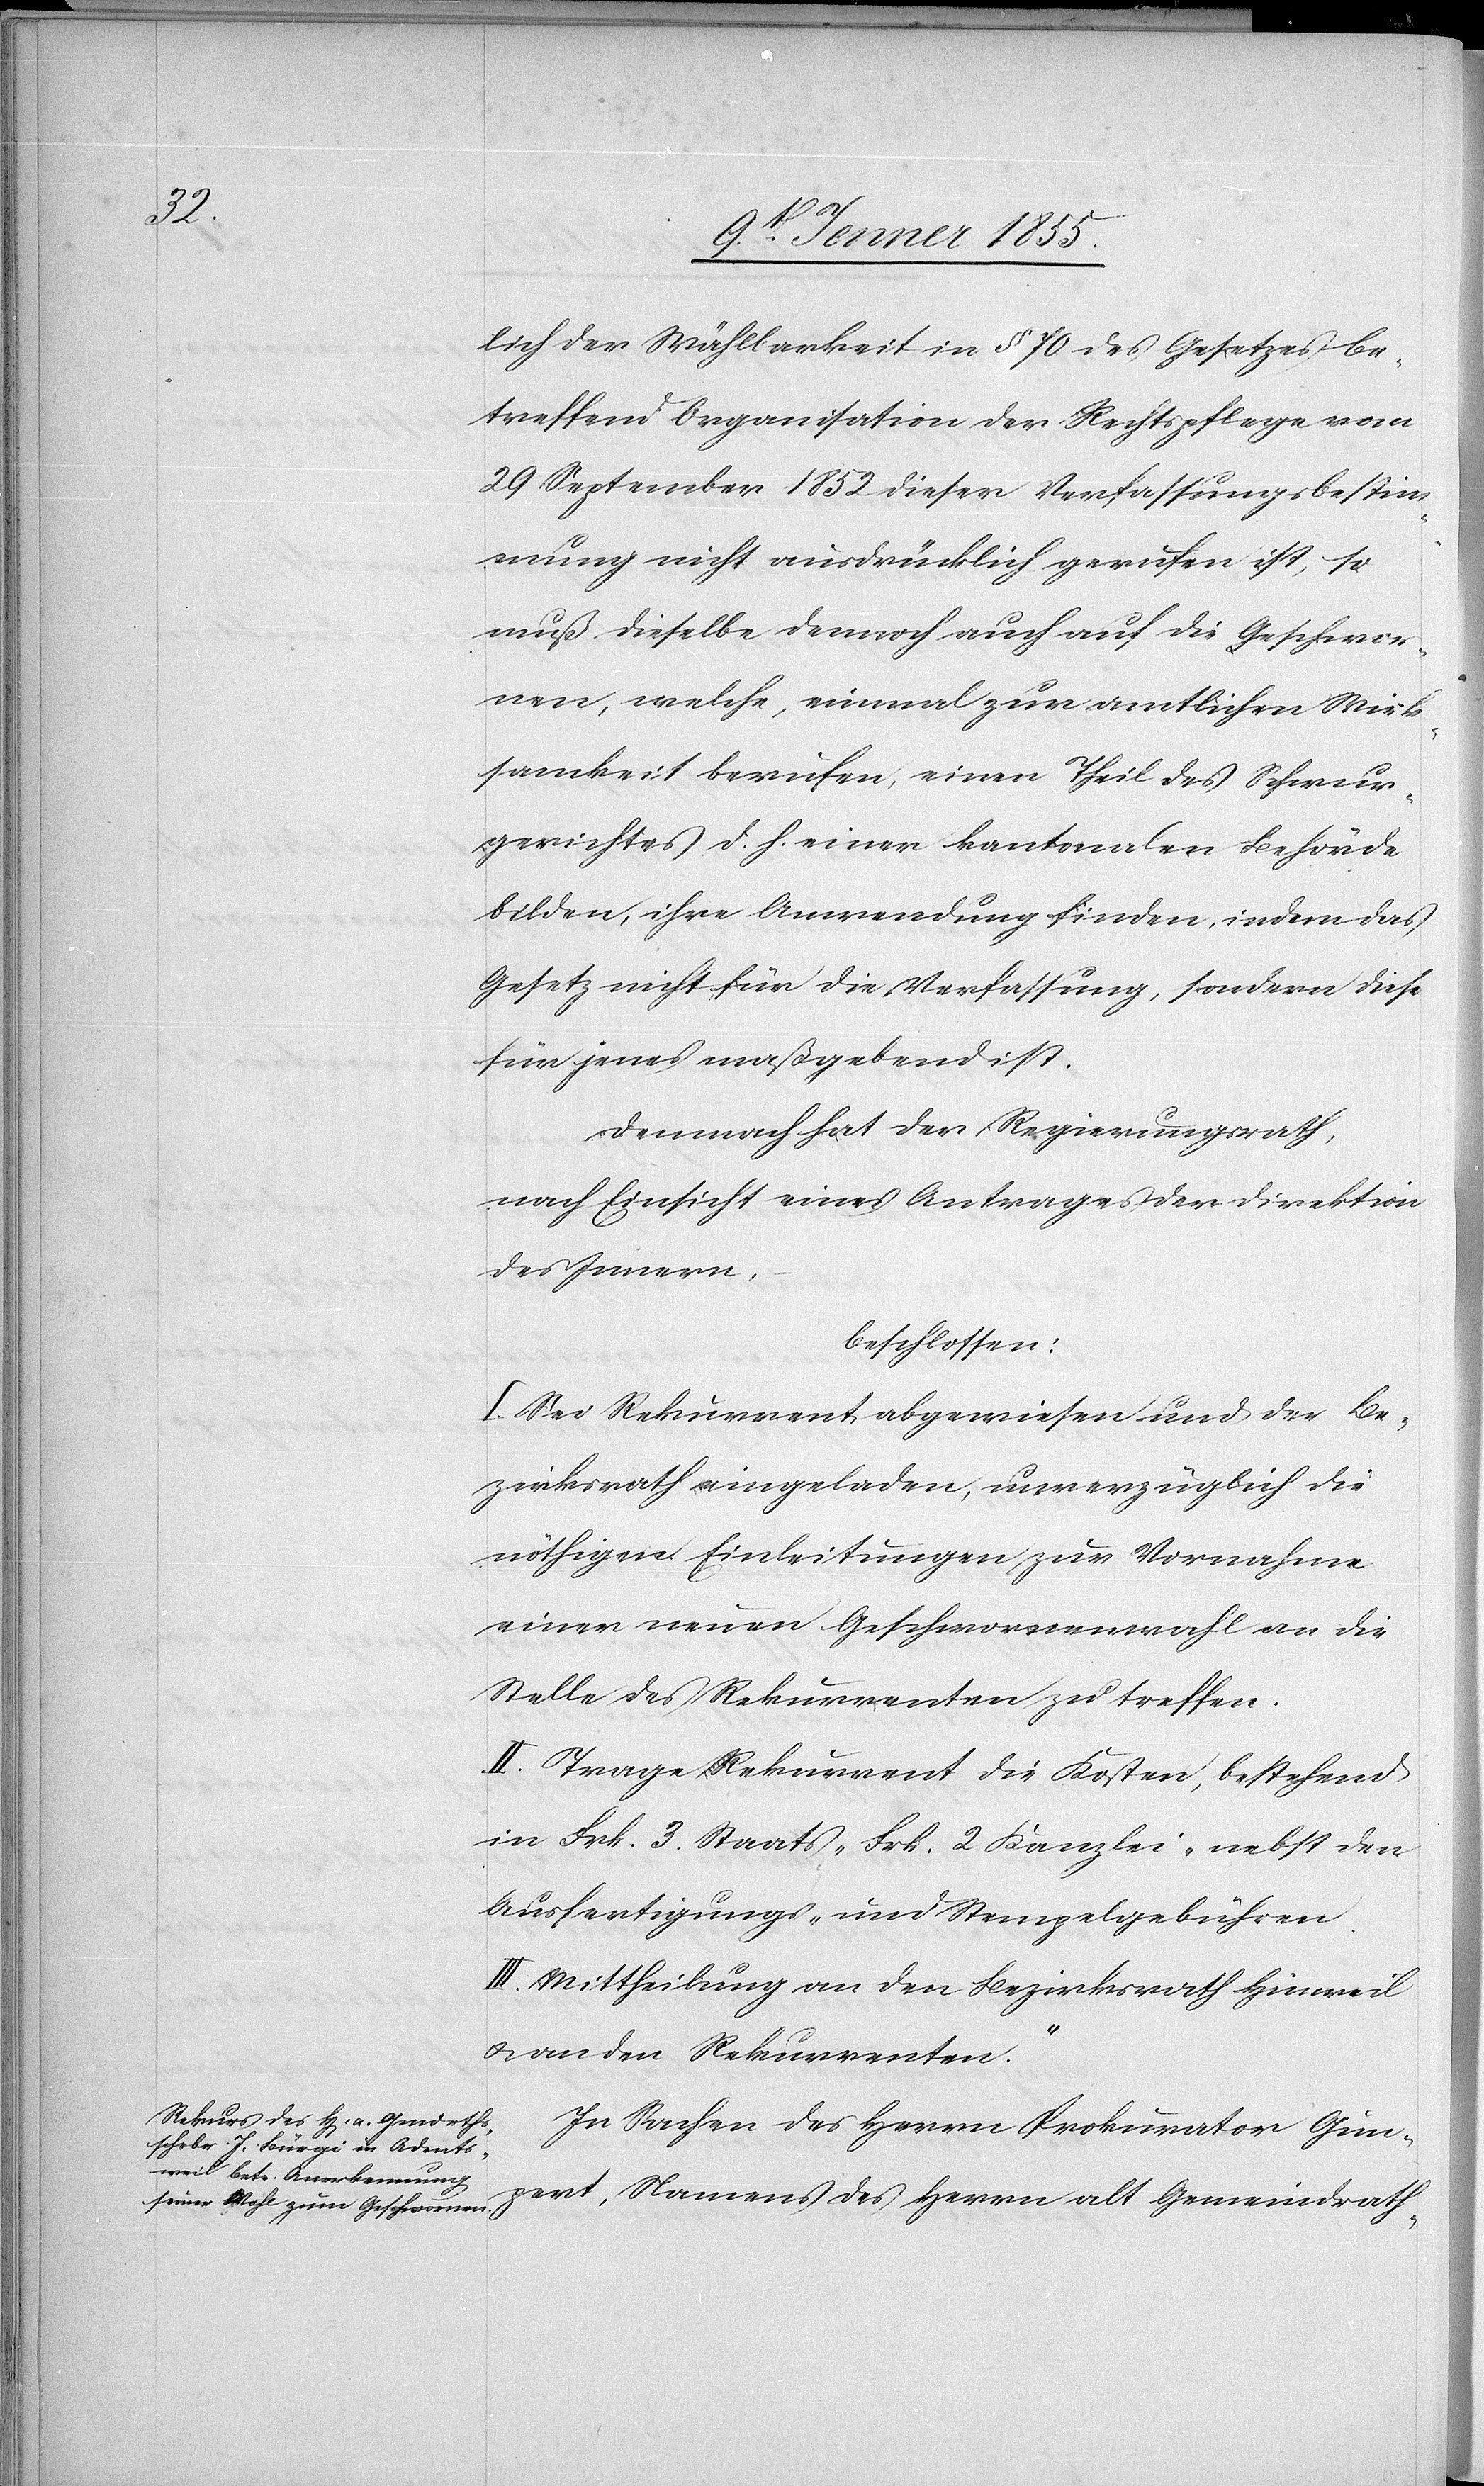
lich der Wählbarkeit in § 70 des Gesetzes be¬
treffend Organisation der Rechtspflege vom
29 September 1852 dieser Verfassungsbestim¬
mung nicht ausdrücklich gerufen ist, so
muß dieselbe dennoch auch auf die Geschwor¬
nen, welche, einmal zur amtlichen Wirk¬
samkeit berufen, einen Theil des Schwur¬
gerichtes d. h. einer kantonalen Behörde
bilden, ihre Anwendung finden, indem das
Gesetz nicht für die Verfassung, sondern diese
für jenes maßgebend ist.
Demnach hat der Regierungsrath,
nach Einsicht eines Antrages der Direktion
des Innern,
beschlossen:
I. Sei Rekurrent abgewiesen und der Be¬
zirksrath eingeladen, unverzüglich die
nöthigen Einleitungen zur Vornahme
einer neuen Geschwornenwahl an die
Stelle des Rekurrenten zu treffen.
II. Trage Rekurrent die Kosten, bestehend
in Frk. 3. Staats-[,] Frk. 2 Kanzlei-[,] nebst den
Ausfertigungs- und Stempelgebühren.
III. Mittheilung an den Bezirksrath Hinweil
& an den Rekurrenten.“
In Sachen des Herrn Prokurator Gim¬
pert, Namens des Herrn alt Gemeindrath-